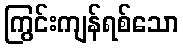
ကြွင်းကျန်ရစ်သော